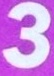
3